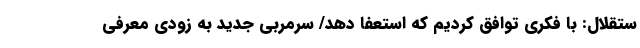
ستقلال: با فکری توافق کردیم که استعفا دهد/ سرمربی جدید به زودی معرفی